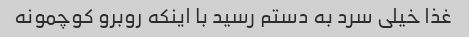
غذا خیلی سرد به دستم رسید با اینکه روبرو کوچمونه